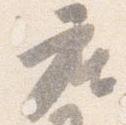
座